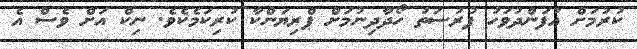
ކުރުމަށް އުފަންދުވަހު ފުރުސަތު ހޯދާދިނުމަށް ޕްރިޔަންކާ ކުރިކަމެކެވެ. ނިކް އަށް ވެސް އެ